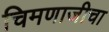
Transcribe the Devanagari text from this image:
चिमणाजीचा